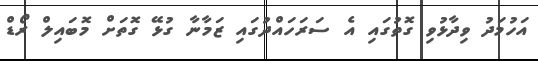
އަހުމަދު ވިދާޅުވި ގޮތުގައި އެ ސަރަހައްދުގައި ޒަމާނާ ގުޅޭ ގޮތަށް މޮބައިލް ރޯޑް